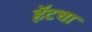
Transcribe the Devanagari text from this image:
हॅटचा